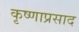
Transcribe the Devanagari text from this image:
कृष्णाप्रसाद